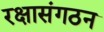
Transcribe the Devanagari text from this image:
रक्षासंगठन